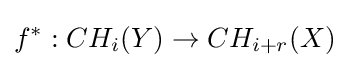
f^{*}:CH_{i}(Y)\to CH_{i+r}(X)